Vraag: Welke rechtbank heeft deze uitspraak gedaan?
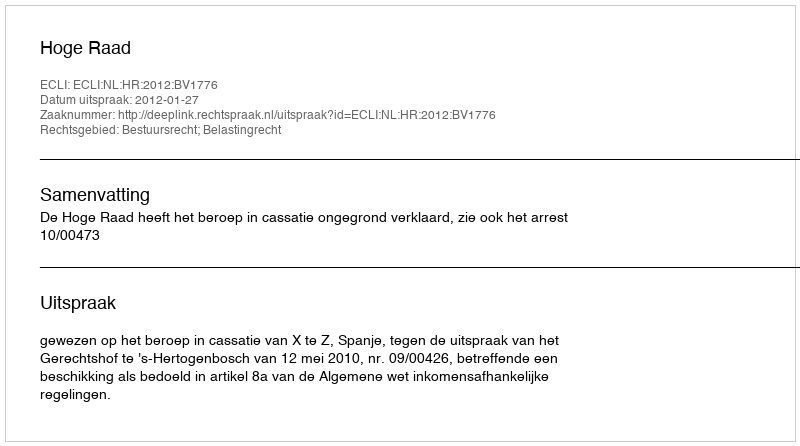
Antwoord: Hoge Raad